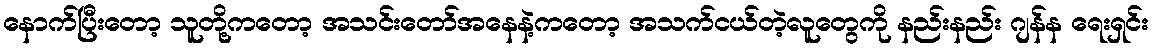
နောက်ပြီးတော့ သူတို့ကတော့ အသင်းတော်အနေနဲ့ကတော့ အသက်ငယ်တဲ့လူတွေကို နည်းနည်း ဂျန်န ရေးရှင်း